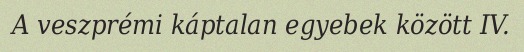
A veszprémi káptalan egyebek között IV.